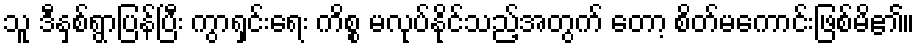
သူ ဒီနှစ်ရွာပြန်ပြီး ကွာရှင်းရေး ကိစ္စ မလုပ်နိုင်သည့်အတွက် တော့ စိတ်မကောင်းဖြစ်မိ၏။